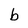
Character: b